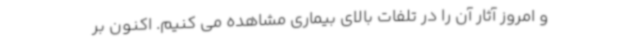
و امروز آثار آن را در تلفات بالای بیماری مشاهده می کنیم. اکنون بر